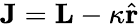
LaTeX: \mathbf{J}=\mathbf{L}-\kappa\hat{\mathbf{r}}